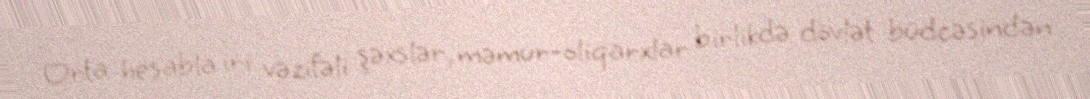
Orta hesabla iri vəzifəli şəxslər, məmur-oliqarxlar birlikdə dövlət büdcəsindən